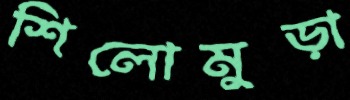
শিলোমুড়া